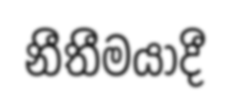
නීතීමයාදී